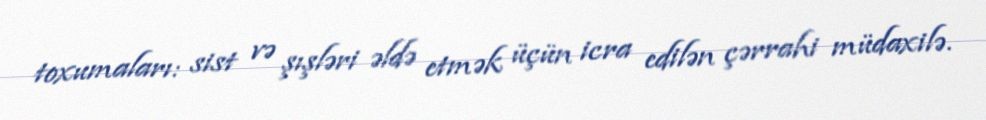
toxumaları: sist və şışləri əldə etmək üçün icra edilən çərrahi müdaxilə.